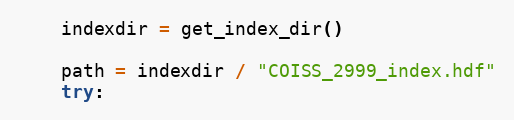
Language: Python
    indexdir = get_index_dir()

    path = indexdir / "COISS_2999_index.hdf"
    try: